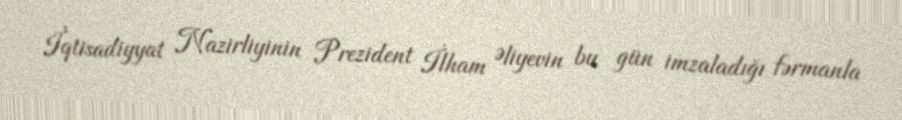
İqtisadiyyat Nazirliyinin Prezident İlham Əliyevin bu gün imzaladığı fərmanla